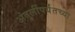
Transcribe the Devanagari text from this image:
अंतुर्लीपर्यंतच्या